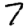
Digit: 7